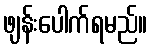
ဖျန်းပေါက်ရမည်။